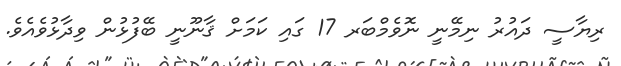
ރިޔާސީ ދައުރު ނިމޭނީ ނޮވެމްބަރ 17 ގައި ކަމަށް ޤާނޫނީ ބޭފުޅުން ވިދާޅުވެއެވެ.